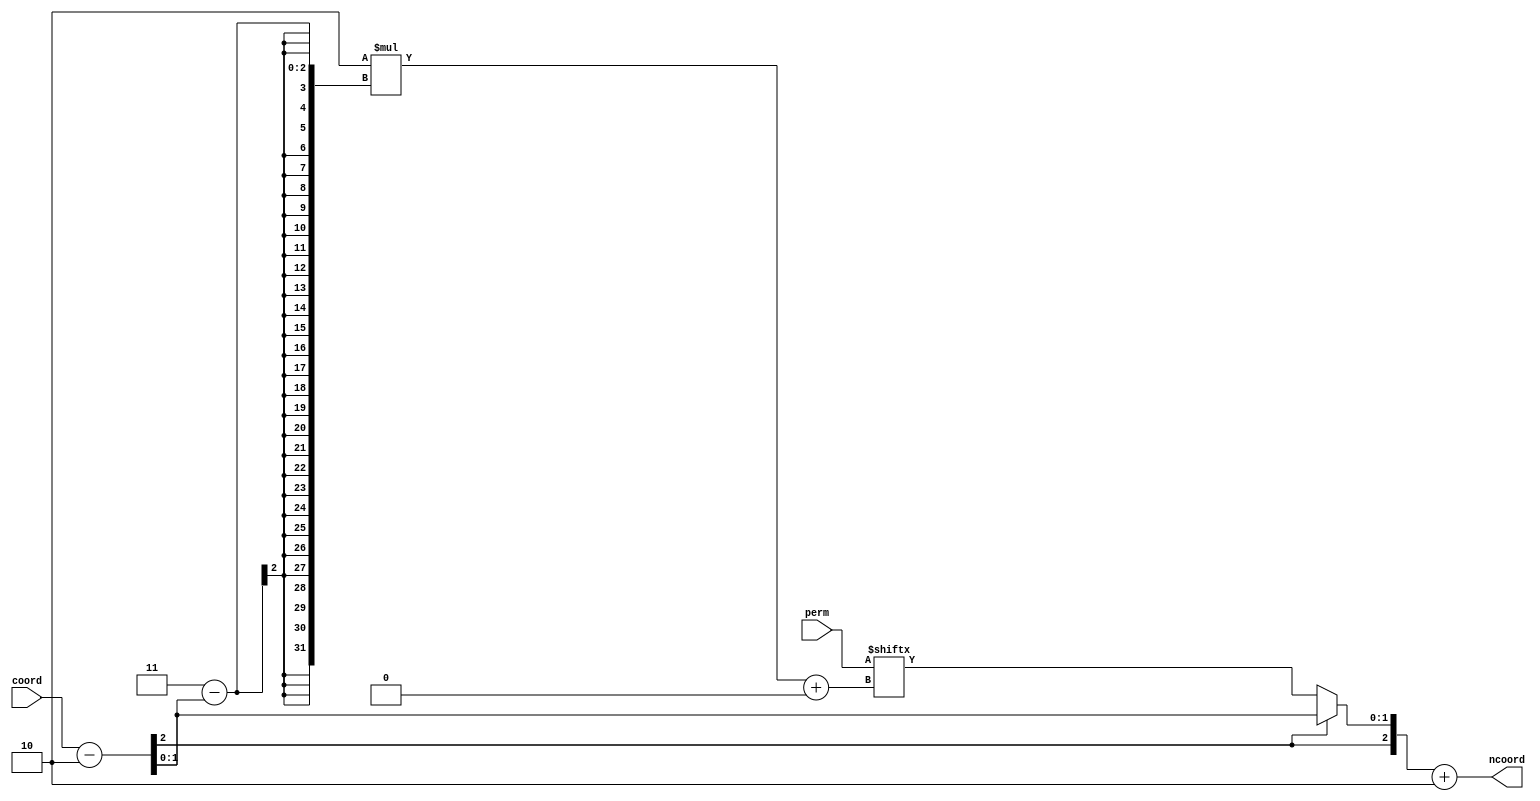
// SPDX-License-Identifier: MIT
// SPDX-FileCopyrightText: 2022 Tamas Hubai

`default_nettype none

module u41_rest (
    input [7:0] perm,
    input [2:0] coord,
    output [2:0] ncoord
);

wire s;
wire [1:0] ps, pt;
assign {s, ps} = coord - 3'd2;
assign pt = s ? ps : (perm[2*(3'd3-ps)+:2]);
assign ncoord = {s, pt} + 3'd2;

endmodule